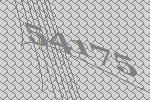
54175